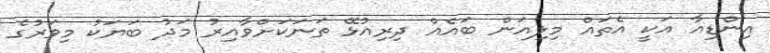
އިންޑިއާ އަކީ އެތައް މިލިއަން ބައެއް ދިރިއުޅޭ ތަނަކަށްވާއިރު މަދު ބަޔަކު މިވަރުގެ